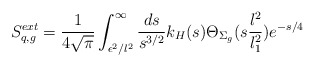
\begin{align*}S^{ext}_{q, g}={1\over 4\sqrt{\pi}}\int^\infty_{\epsilon^2 / l^2} {ds\over s^{3/2}} k_H (s)\Theta_{\Sigma_g} (s {l^2\over l_1^2})e^{-{s/ 4}}~~\end{align*}